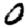
Digit: 0